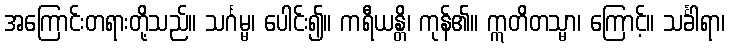
အကြောင်းတရားတို့သည်။ သင်္ဂမ္မ၊ ပေါင်း၍။ ကရီယန္တိ၊ ကုန်၏။ ဣတိတသ္မာ၊ ကြောင့်။ သင်္ခါရာ၊